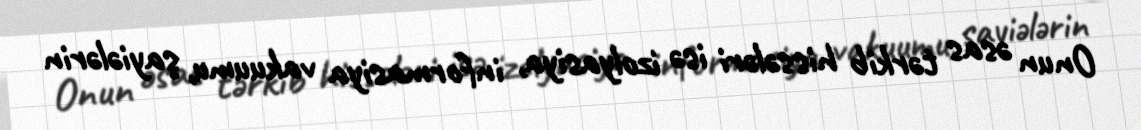
Onun əsas tərkib hissələri isə izolyasiya, informasiya vakuumu, şayiələrin